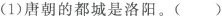
(1)唐朝的都城是洛阳。( )